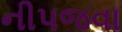
નીપજવા